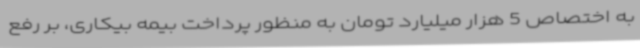
به اختصاص 5 هزار میلیارد تومان به منظور پرداخت بیمه بیکاری، بر رفع